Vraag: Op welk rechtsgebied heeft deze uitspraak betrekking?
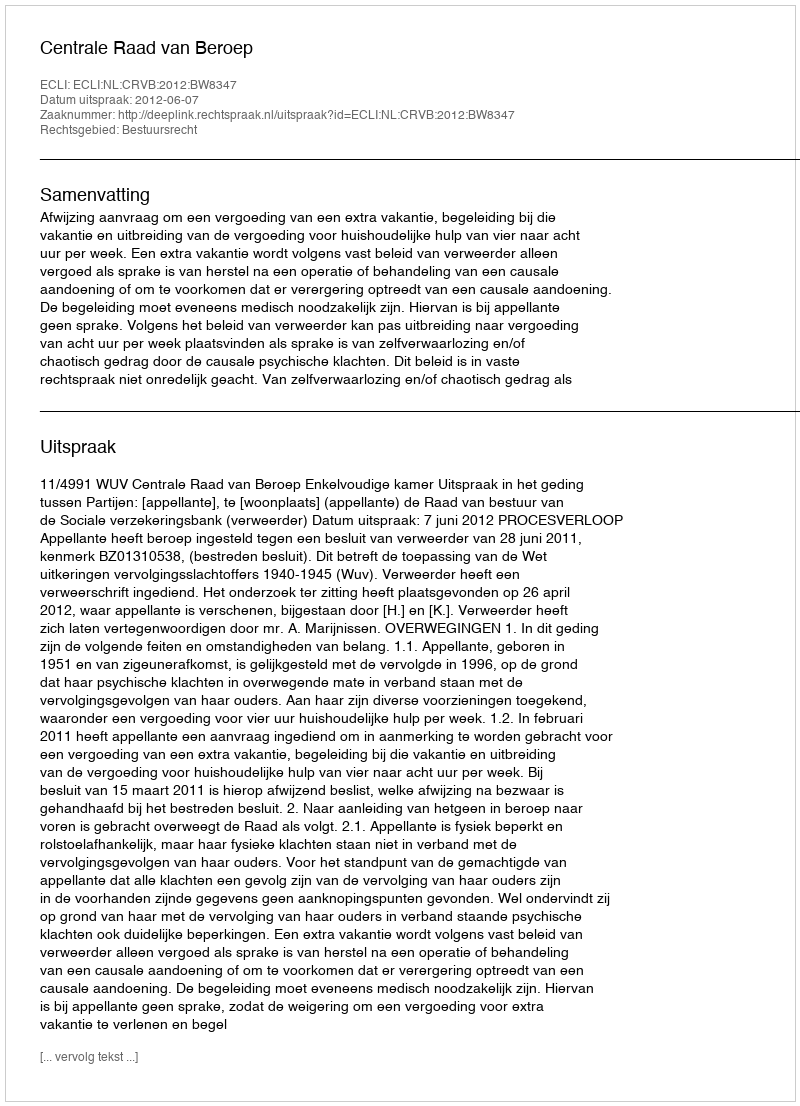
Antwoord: Bestuursrecht